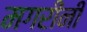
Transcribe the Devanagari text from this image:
मगरींनी